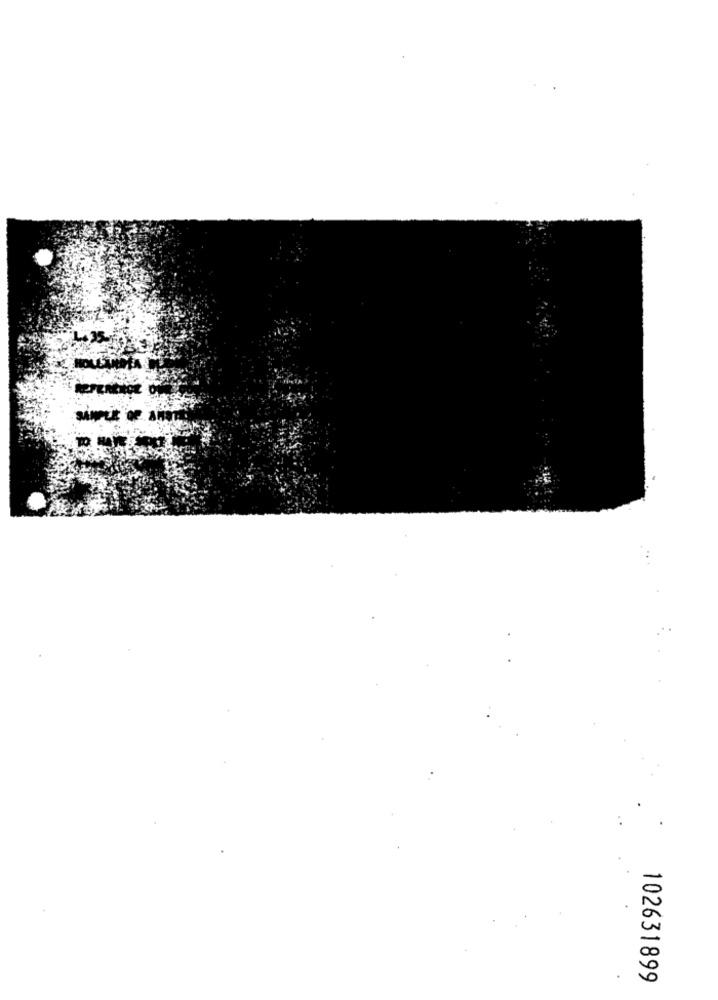
102631899